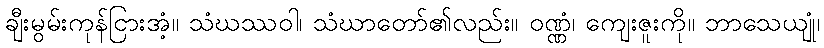
ချီးမွမ်းကုန်ငြားအံ့။ သံဃဿဝါ၊ သံဃာတော်၏လည်း။ ဝဏ္ဏံ၊ ကျေးဇူးကို။ ဘာသေယျုံ၊